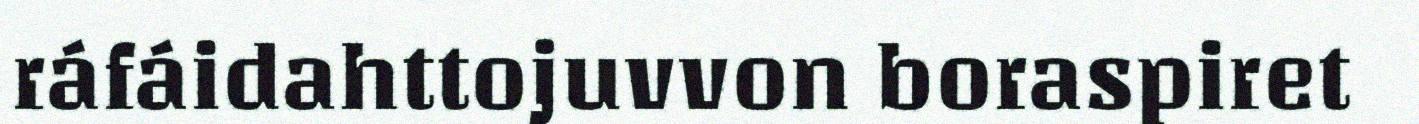
ráfáidahttojuvvon boraspiret